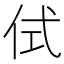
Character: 侙